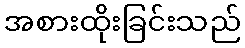
အစားထိုးခြင်းသည်